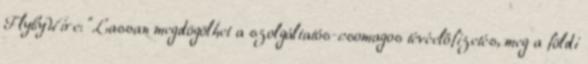
FlybyWire: "Lassan megdögölhet a szolgáltatós-csomagos tévéelőfizetés, meg a földi